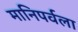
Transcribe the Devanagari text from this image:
मानिपर्वला